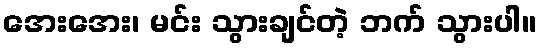
အေးအေး၊ မင်း သွားချင်တဲ့ ဘက် သွားပါ။